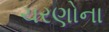
ચરણોના